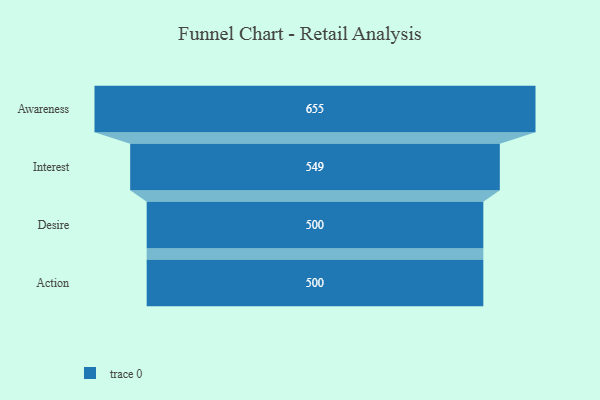
{"axis": {"x": "Stage", "y": "Value"}, "legend": [""], "data": [{"x": "Awareness", "y": 655.0, "type": ""}, {"x": "Interest", "y": 549.0, "type": ""}, {"x": "Desire", "y": 500, "type": ""}, {"x": "Action", "y": 500, "type": ""}]}